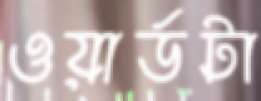
ওয়ার্ডটা